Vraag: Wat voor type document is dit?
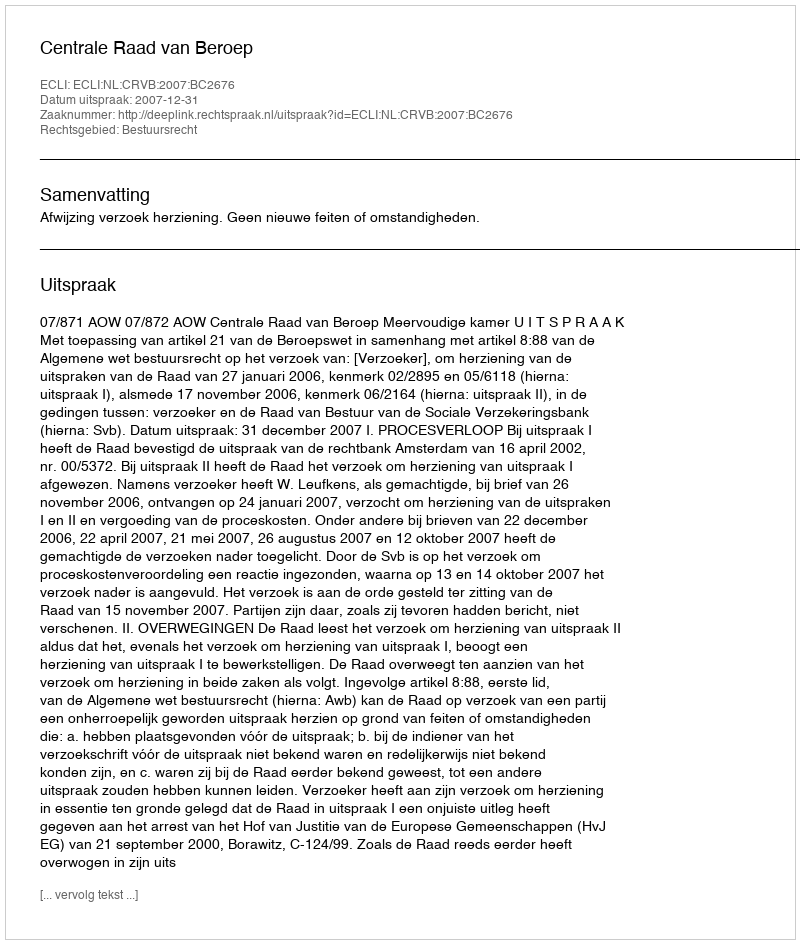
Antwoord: Uitspraak